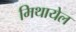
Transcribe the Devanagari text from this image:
मिथायेल